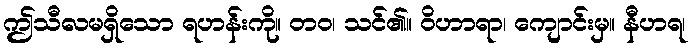
ဤသီလမရှိသော ရဟန်းကို။ တဝ၊ သင်၏။ ဝိဟာရာ၊ ကျောင်းမှ။ နီဟရ၊